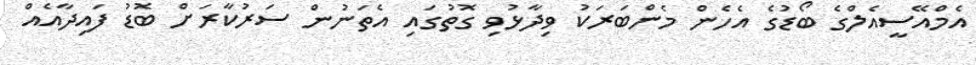
އެމްއޭސީއެލްގެ ބޯޑުގެ އެހެން މެންބަރަކު ވިދާޅުވި ގޮތުގައި އެތަނުން ސަރުކާރަށް ބޮޑު ފައިދާއެއް